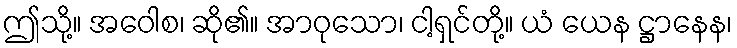
ဤသို့။ အဝေါစ၊ ဆို၏။ အာဝုသော၊ ငါ့ရှင်တို့။ ယံ ယေန ဋ္ဌာနေန၊